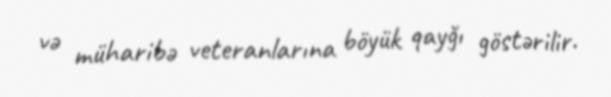
və müharibə veteranlarına böyük qayğı göstərilir.